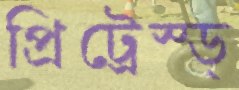
প্রিট্রেস্ড্